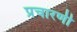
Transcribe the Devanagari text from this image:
प्रचारणी